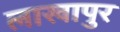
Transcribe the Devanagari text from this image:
लाखापुर